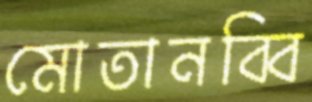
মোতানব্বি